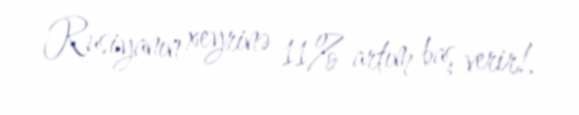
Rusiyanın xeyrinə 11% artım baş verir!.